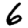
Digit: 6